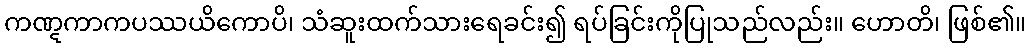
ကဏ္ဋကာကပဿယိကောပိ၊ သံဆူးထက်သားရေခင်း၍ ရပ်ခြင်းကိုပြုသည်လည်း။ ဟောတိ၊ ဖြစ်၏။